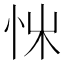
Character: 𢘨